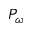
P _ { \omega }